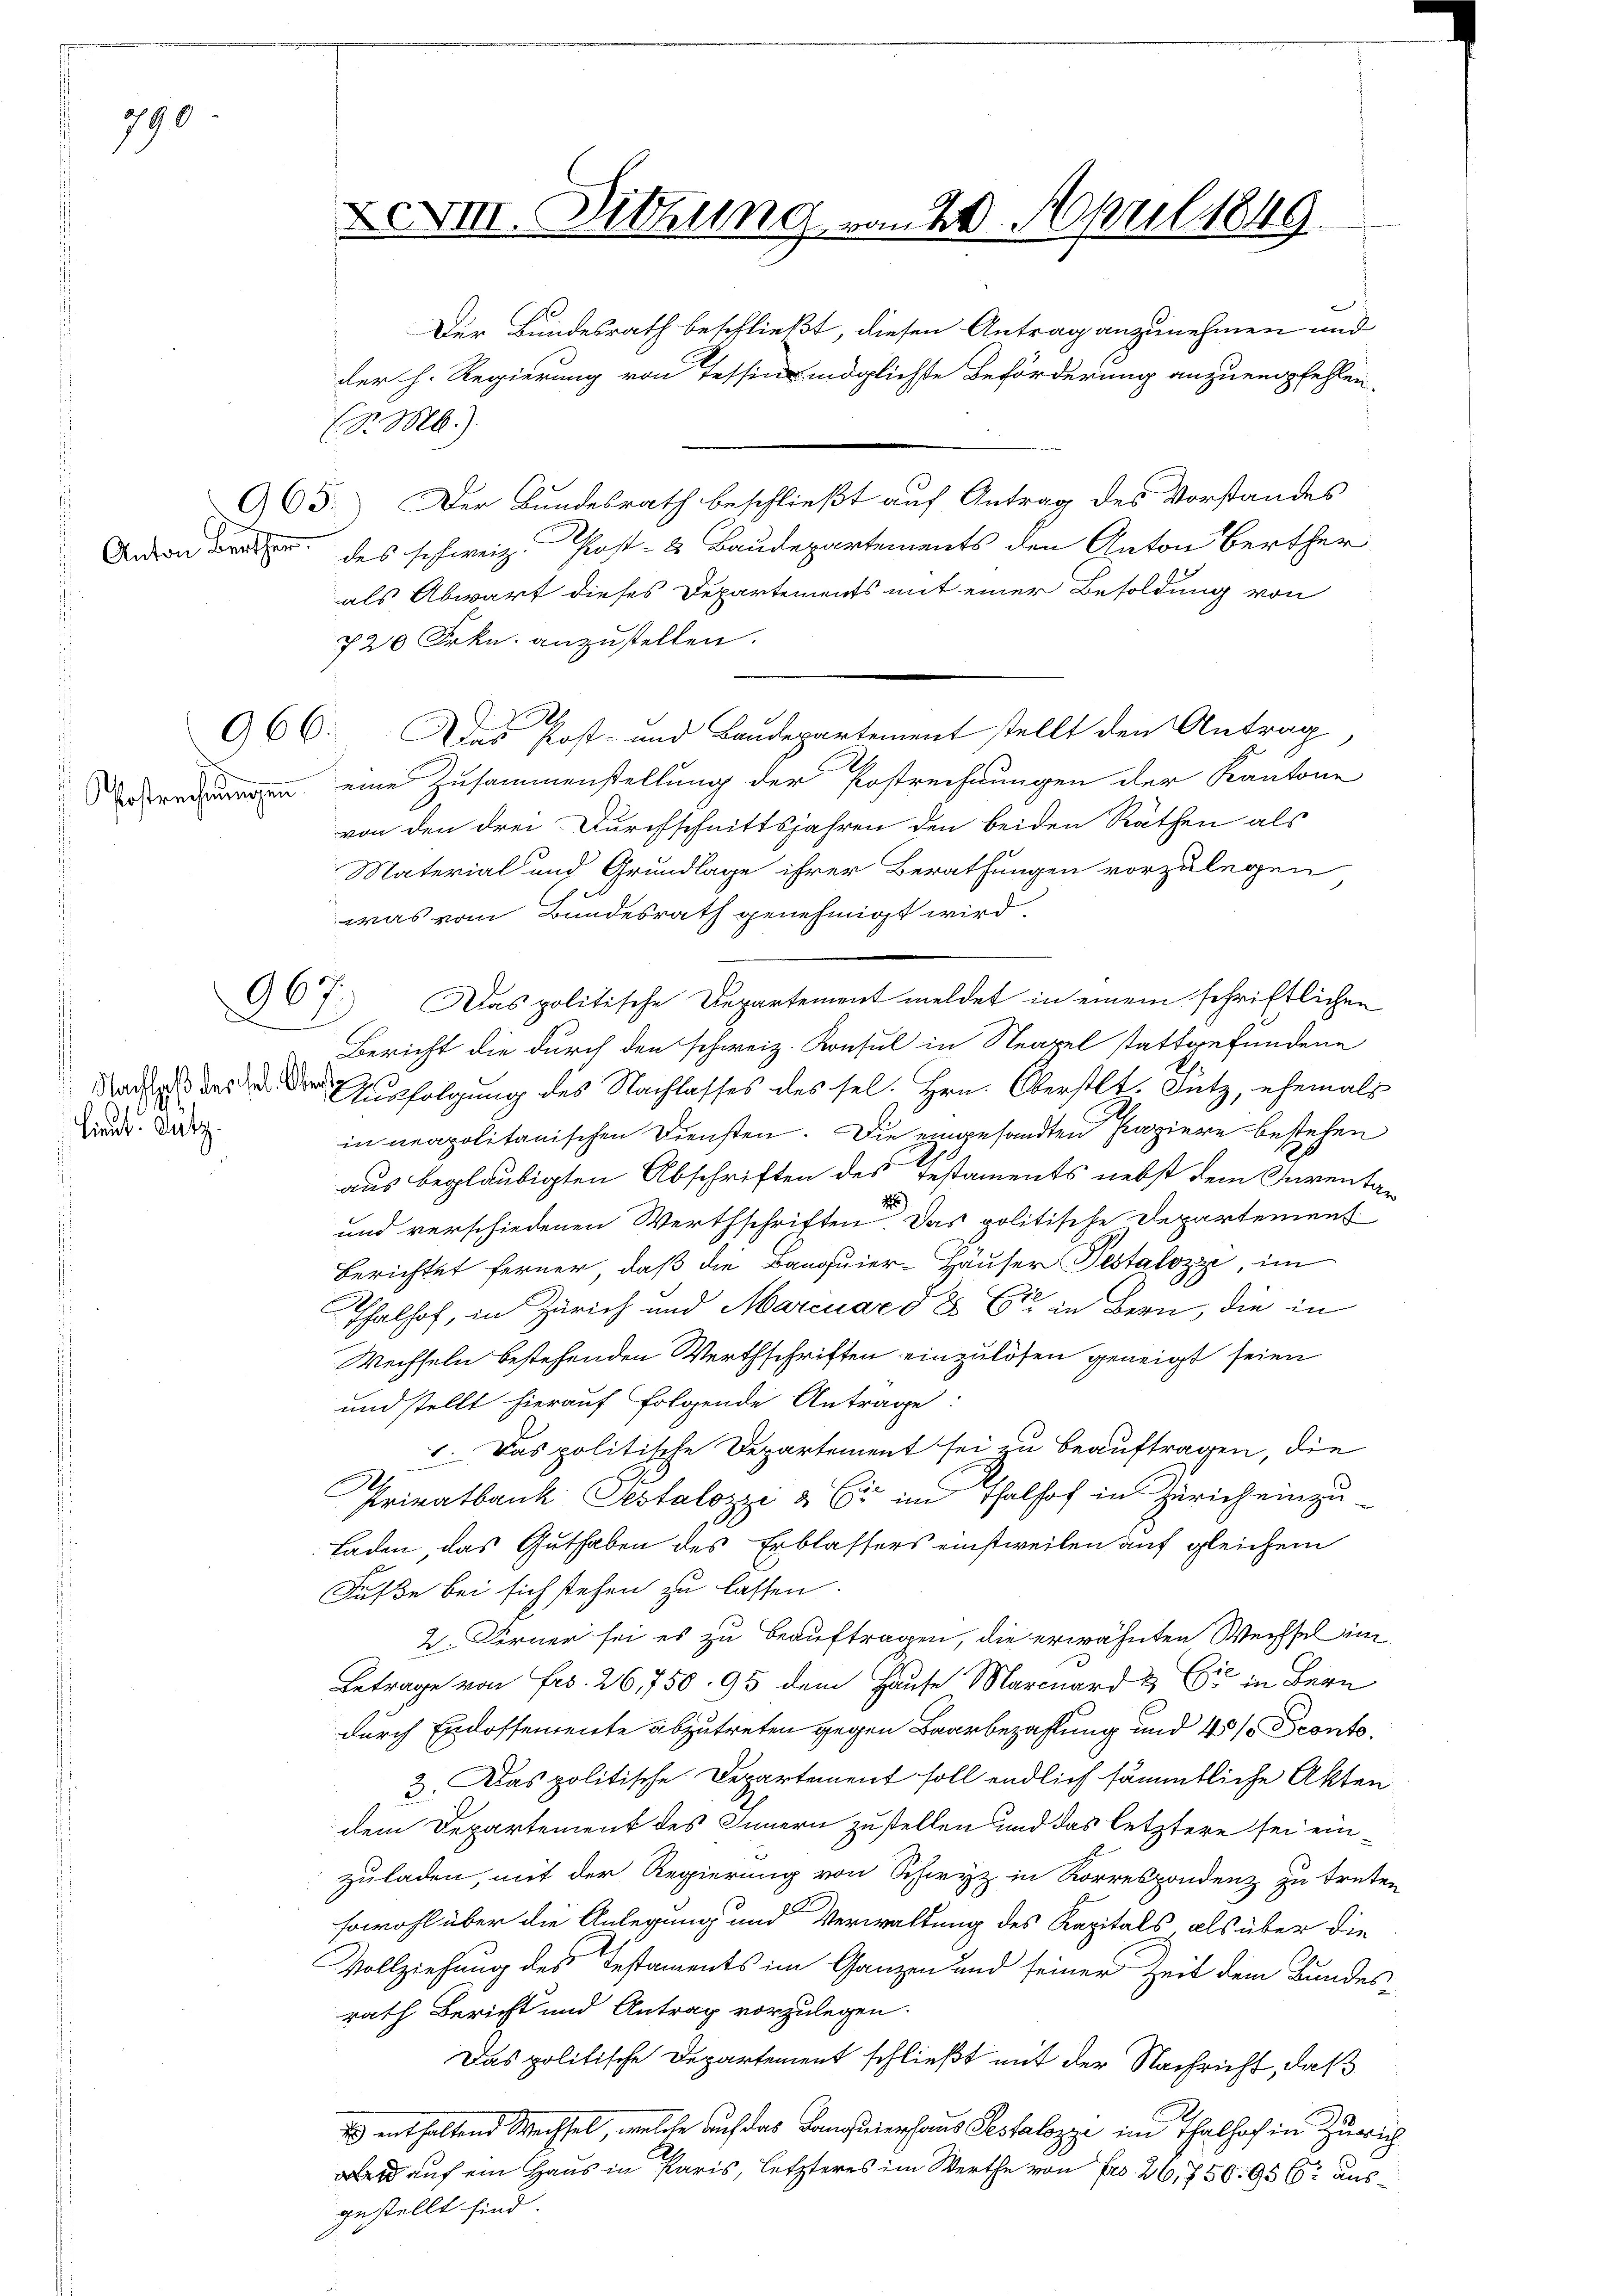
790

Anton Berther.

96

I
a
Lieut. Dutz.

XXVIII. Dittung vom 20. April 1849.

(d. M.)
965. Der Bundesrath beschließt auf Antrag des Vorstandes
des schweiz. Post- & Baudepartements den Anton Berther
als Abwart dieses Departements mit einer Besoldung von
720 Frkn. anzustellen.
.
966. Das Post- und Baudepartement stellt den Antrag
denn eine Zusammenstellung der Postrechnungen der Kantone
von den drei Durchschnittsjahren den beiden Räthen als
Material und Grundlage ihrer Berathungen vorzulegen
was vom Bundesrath genehmigt wird.
Das politische Departement meldet in einem schriftlichen
Bericht die durch den schweiz. Konsul in Neapel stattgefundene
Nadel des in der Ausfolgung des Nachlasses des sel. Hrn. Oberstlt. Lutz, ehemals
in neapolitanischen Diensten. Die eingesandten Papiere bestehen
aus beglaubigten Abschriften des Testaments nebst dem Inventa¬
H
und verschiedenen Werthschriften. Das politische Departement
Berichtet ferner, daß die Banquier-Häuser Testalozzi, im
Thalhof, in Zürich und Marcuard & 661 in Bern, die in
Wechseln bestehenden Werthschriften einzulösen geneigt seien
und stellt hierauf folgende Antrage:
1. Das politische Departement sei zu beauftragen, die
Privatbank Pestalozzi & Er im Thalhof in Zürich einzu¬
Laden, das Guthaben des Erblassers einstweilen auf gleichem
Fuße bei sich stehen zu lassen.
2. Ferner sei es zu beauftragen, die erwähnten Wechsel im
Betrage von Fr. 26,750. 95 dem Hause Marcuard & Cie in Bern
durch Endossemente abzutreten gegen Baarbezahlung und 45% Sconto.
2. Das politische Departement soll endlich sämmtliche Akten
dem Departement des Innern zustellen und das letztere sei einzuladen, mit der Regierung von Schwyz in Korrespondenz zu treten
sowohl über die Anlegung und Verwaltung des Kapitals als über die
Vollziehung des Testaments im Ganzen und seiner Zeit dem Bundesrath Bericht und Antrag vorzulegen.
Das politische Departement schließt mit der Nachricht, daß
Es enthaltend Wechsel, welche auf das Constiershaus Pestalozzi im Thalhof in Zürich
rd auf ein Haus in Paris, letzteres im Werthe von Fr. 26, 750. 95 Er ausgestellt sind.

Der Bundesrath beschließt, diesen Antrag anzunehmen und
der h. Regierung von Tessin möglichste Beförderung anzuempfehlen.
.